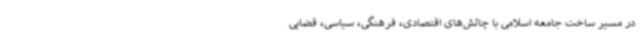
در مسیر ساخت جامعه اسلامی با چالش‌های اقتصادی، فرهنگی، سیاسی، قضایی